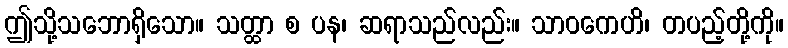
ဤသို့သဘောရှိသော။ သတ္ထာ စ ပန၊ ဆရာသည်လည်း။ သာဝကေဟိ၊ တပည့်တို့ကို။